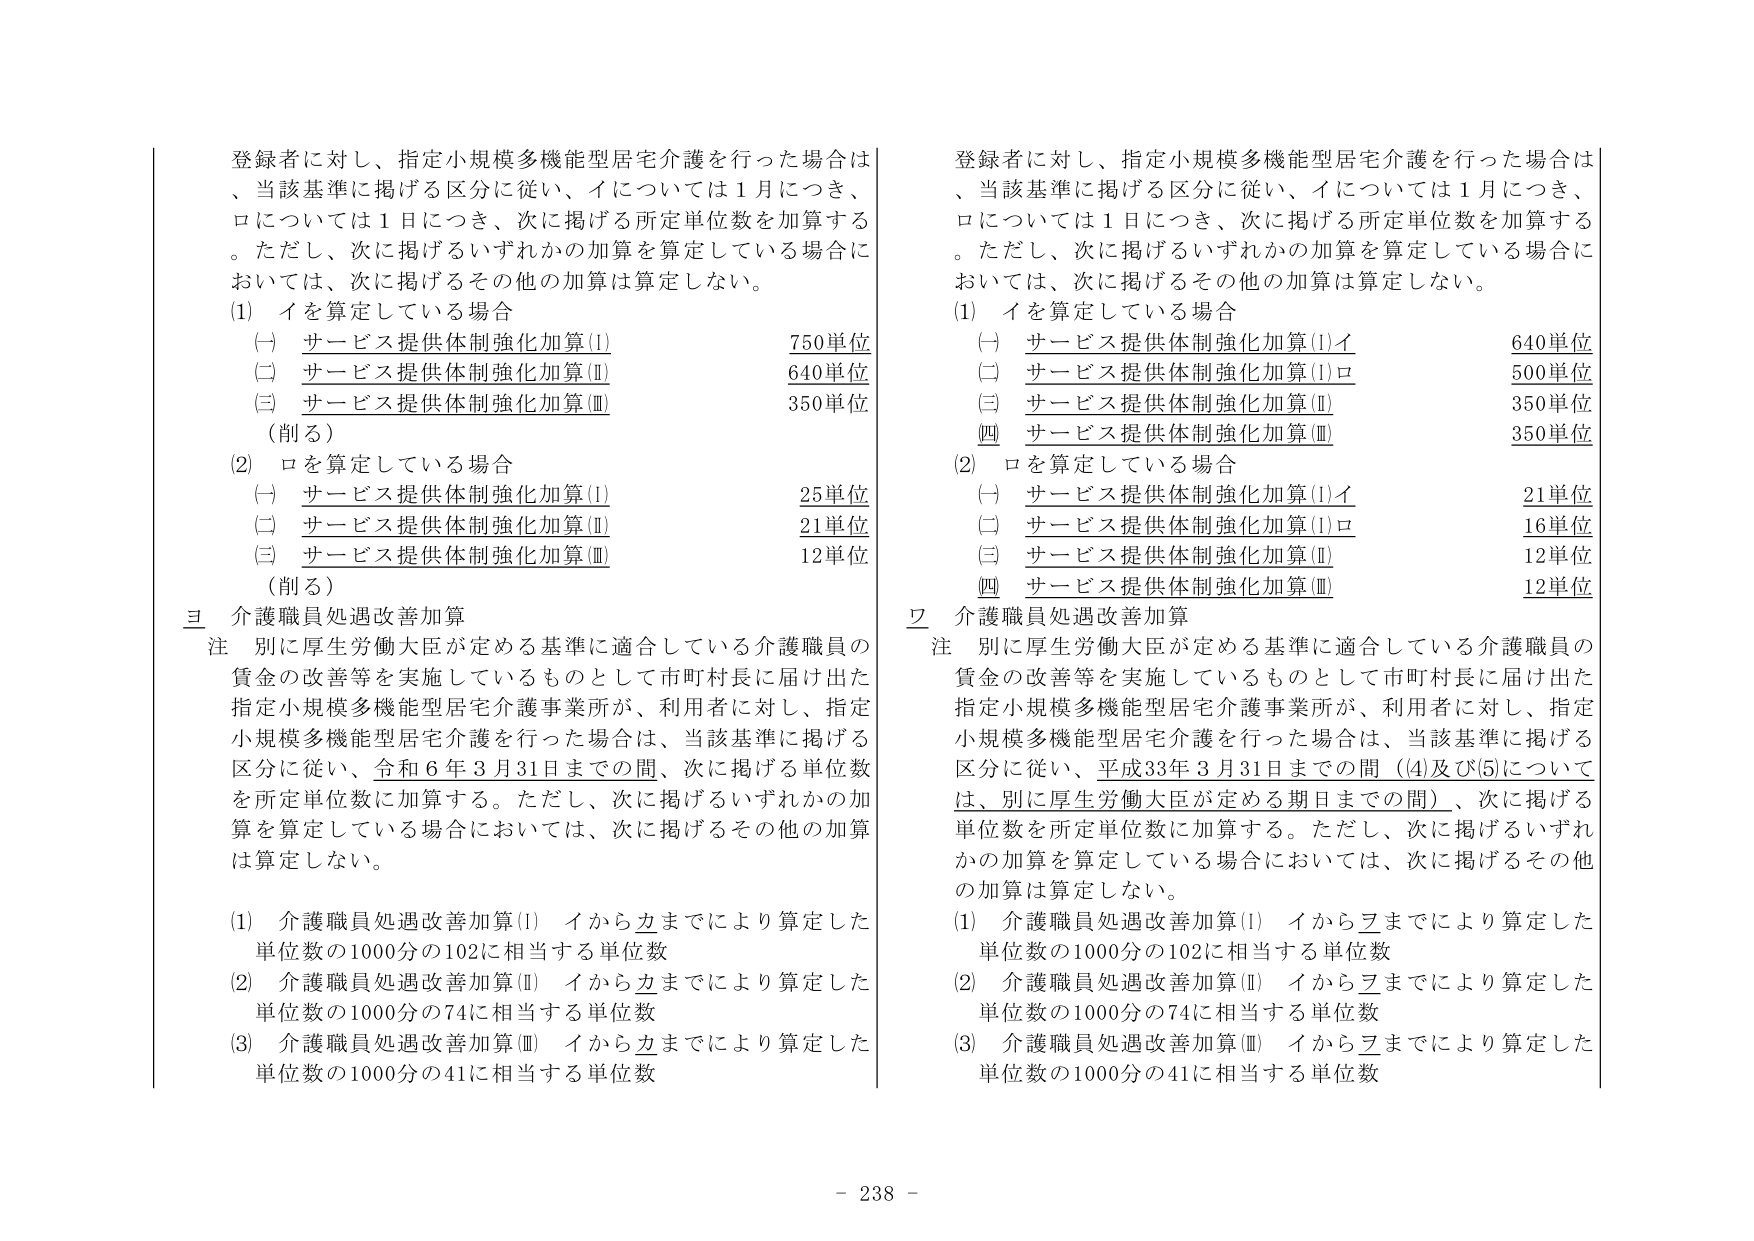
登録者に対し、指定小規模多機能型居宅介護を行った場合は、当該基準に掲げる区分に従い、イについては1月につき、ロについては1日につき、次に掲げる所定単位数を加算する。ただし、次に掲げるいずれかの加算を算定している場合においては、次に掲げるその他の加算は算定しない。

(1) イを算定している場合
　(一) サービス提供体制強化加算(Ⅰ)　　　　　　　750単位
　(二) サービス提供体制強化加算(Ⅱ)　　　　　　　640単位
　(三) サービス提供体制強化加算(Ⅲ)　　　　　　　350単位
　（削る）

(2) ロを算定している場合
　(一) サービス提供体制強化加算(Ⅰ)　　　　　　　25単位
　(二) サービス提供体制強化加算(Ⅱ)　　　　　　　21単位
　(三) サービス提供体制強化加算(Ⅲ)　　　　　　　12単位
　（削る）

三 介護職員処遇改善加算
注 別に厚生労働大臣が定める基準に適合している介護職員の賃金の改善等を実施しているものとして市町村長に届け出た指定小規模多機能型居宅介護事業所が、利用者に対し、指定小規模多機能型居宅介護を行った場合は、当該基準に掲げる区分に従い、令和6年3月31日までの間、次に掲げる単位数を所定単位数に加算する。ただし、次に掲げるいずれかの加算を算定している場合においては、次に掲げるその他の加算は算定しない。

(1) 介護職員処遇改善加算(Ⅰ) イからカまでにより算定した単位数の1000分の102に相当する単位数
(2) 介護職員処遇改善加算(Ⅱ) イからカまでにより算定した単位数の1000分の74に相当する単位数
(3) 介護職員処遇改善加算(Ⅲ) イからカまでにより算定した単位数の1000分の41に相当する単位数

登録者に対し、指定小規模多機能型居宅介護を行った場合は、当該基準に掲げる区分に従い、イについては1月につき、ロについては1日につき、次に掲げる所定単位数を加算する。ただし、次に掲げるいずれかの加算を算定している場合においては、次に掲げるその他の加算は算定しない。

(1) イを算定している場合
　(一) サービス提供体制強化加算(Ⅰ)イ　　　　　　　640単位
　(二) サービス提供体制強化加算(Ⅰ)ロ　　　　　　　500単位
　(三) サービス提供体制強化加算(Ⅱ)　　　　　　　350単位
　(四) サービス提供体制強化加算(Ⅲ)　　　　　　　350単位

(2) ロを算定している場合
　(一) サービス提供体制強化加算(Ⅰ)イ　　　　　　　21単位
　(二) サービス提供体制強化加算(Ⅰ)ロ　　　　　　　16単位
　(三) サービス提供体制強化加算(Ⅱ)　　　　　　　12単位
　(四) サービス提供体制強化加算(Ⅲ)　　　　　　　12単位

二 介護職員処遇改善加算
注 別に厚生労働大臣が定める基準に適合している介護職員の賃金の改善等を実施しているものとして市町村長に届け出た指定小規模多機能型居宅介護事業所が、利用者に対し、指定小規模多機能型居宅介護を行った場合は、当該基準に掲げる区分に従い、平成33年3月31日までの間（(4)及び(5)については、別に厚生労働大臣が定める期日までの間）、次に掲げる単位数を所定単位数に加算する。ただし、次に掲げるいずれかの加算を算定している場合においては、次に掲げるその他の加算は算定しない。

(1) 介護職員処遇改善加算(Ⅰ) イからヲまでにより算定した単位数の1000分の102に相当する単位数
(2) 介護職員処遇改善加算(Ⅱ) イからヲまでにより算定した単位数の1000分の74に相当する単位数
(3) 介護職員処遇改善加算(Ⅲ) イからヲまでにより算定した単位数の1000分の41に相当する単位数

- 238 -